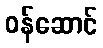
ဝန်ဆောင်